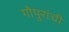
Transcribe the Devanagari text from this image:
गोपुरांची